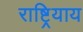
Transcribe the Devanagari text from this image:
राष्ट्रियाय